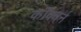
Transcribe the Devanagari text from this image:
कॉक्बर्न